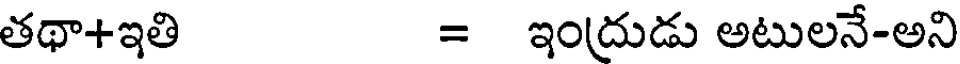
తథా+ఇతి = ఇంద్రుడు అటులనే-అని